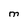
Character: M